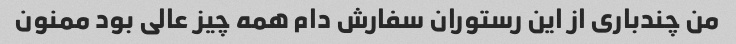
من چندباری از این رستوران سفارش دام همه چیز عالی بود ممنون